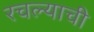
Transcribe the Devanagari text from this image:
रचल्याची